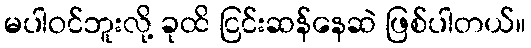
မပါဝင်ဘူးလို့ ခုထိ ငြင်းဆန်နေဆဲ ဖြစ်ပါတယ်။